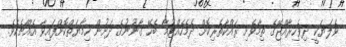
ވެލަޔަކީ ދިވެހިރާއްޖޭގެ ތިމާވެށި ރައްކާތެރިކޮށް ދެމެހެއްޓުމާ ބެހޭ ގާނޫނުގެ ދަށުން ހިމާޔަތްކޮށްފައިވާ އެއްޗެކެވެ.